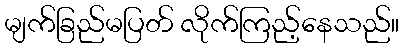
မျက်ခြည်မပြတ် လိုက်ကြည့်နေသည်။